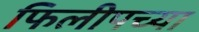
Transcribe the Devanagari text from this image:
फिलीपच्या